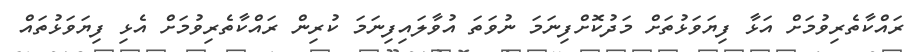
ރައްކާތެރިވުމަށް އަޅާ ފިޔަވަޅުތަށް މަދުކޮށްފިނަމަ ނުވަތަ އުވާލައިފިނަމަ ކުރިން ރައްކާތެރިވުމަށް އެޅި ފިޔަވަޅުތައް